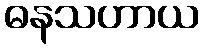
ဓနသဟာယ